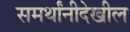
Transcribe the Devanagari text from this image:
समर्थांनीदेखील